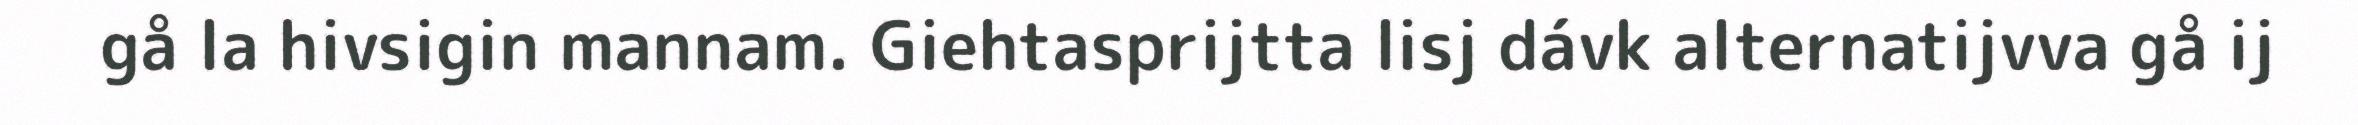
gå la hivsigin mannam. Giehtasprijtta lisj dávk alternatijvva gå ij